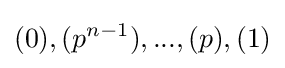
(0),(p^{n-1}),...,(p),(1)